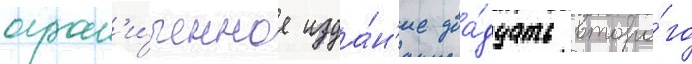
огран'и́ченное изда́н'ие два́дцать второ́го